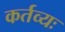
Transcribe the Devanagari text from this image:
कर्तव्यः